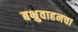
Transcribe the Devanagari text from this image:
बभ्रुवाहनचा